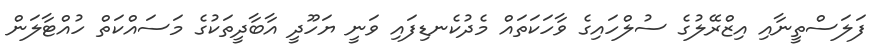
ފަލަސްތީނާއި އިޒްރޭލުގެ ސުލްހައިގެ ވާހަކަތައް މެދުކެނޑިފައި ވަނީ ޔަހޫދީ އާބާދީތަކުގެ މަސައްކަތް ހުއްޓާލަން